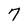
Character: 7